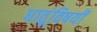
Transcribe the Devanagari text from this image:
धातूंविषयीं